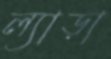
ল্যাড়া